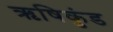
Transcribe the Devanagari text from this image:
ऋषिकुंड